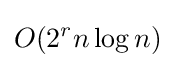
O(2^{r}n\log {n})